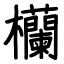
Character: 欗